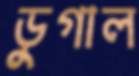
ডুগাল